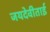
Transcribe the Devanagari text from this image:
जयदेवीताई